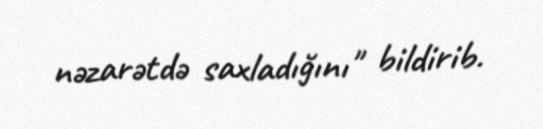
nəzarətdə saxladığını" bildirib.